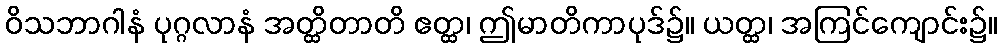
ဝိသဘာဂါနံ ပုဂ္ဂလာနံ အတ္ထိတာတိ ဧတ္ထ၊ ဤမာတိကာပုဒ်၌။ ယတ္ထ၊ အကြင်ကျောင်း၌။